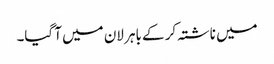
میں ناشتہ کر کے باہر لان میں آ گیا۔